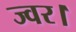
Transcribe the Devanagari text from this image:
ज्वर।